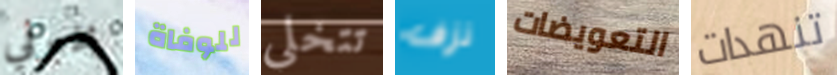
يخبرني للوفاة تتخلي نزف التعويضات تنهدات